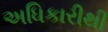
અધિકારીથી